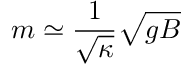
m \simeq \frac { 1 } { \sqrt { \kappa } } \sqrt { g B }